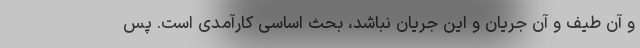
و آن طیف و آن جریان و این جریان نباشد، بحث اساسی کارآمدی است. پس